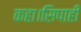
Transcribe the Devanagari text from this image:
कहा।सिपाही